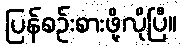
ပြန်စဉ်းစားဖို့လိုပြီ။